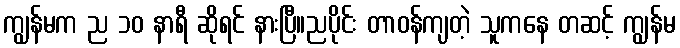
ကျွန်မက ည ၁၀ နာရီ ဆိုရင် နားပြီ။ညပိုင်း တာဝန်ကျတဲ့ သူကနေ တဆင့် ကျွန်မ